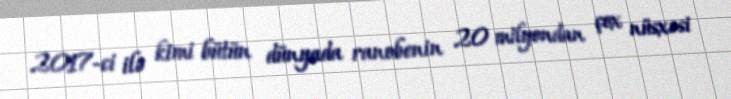
2017-ci ilə kimi bütün dünyada ranobenin 20 milyondan çox nüsxəsi